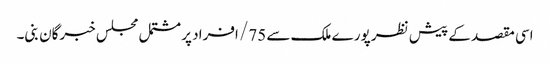
اسی مقصد کے پیش نظر پورے ملک سے 75/ افراد پر مشتمل مجلس خبرگان بنی۔